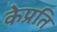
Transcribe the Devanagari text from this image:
केप्रति